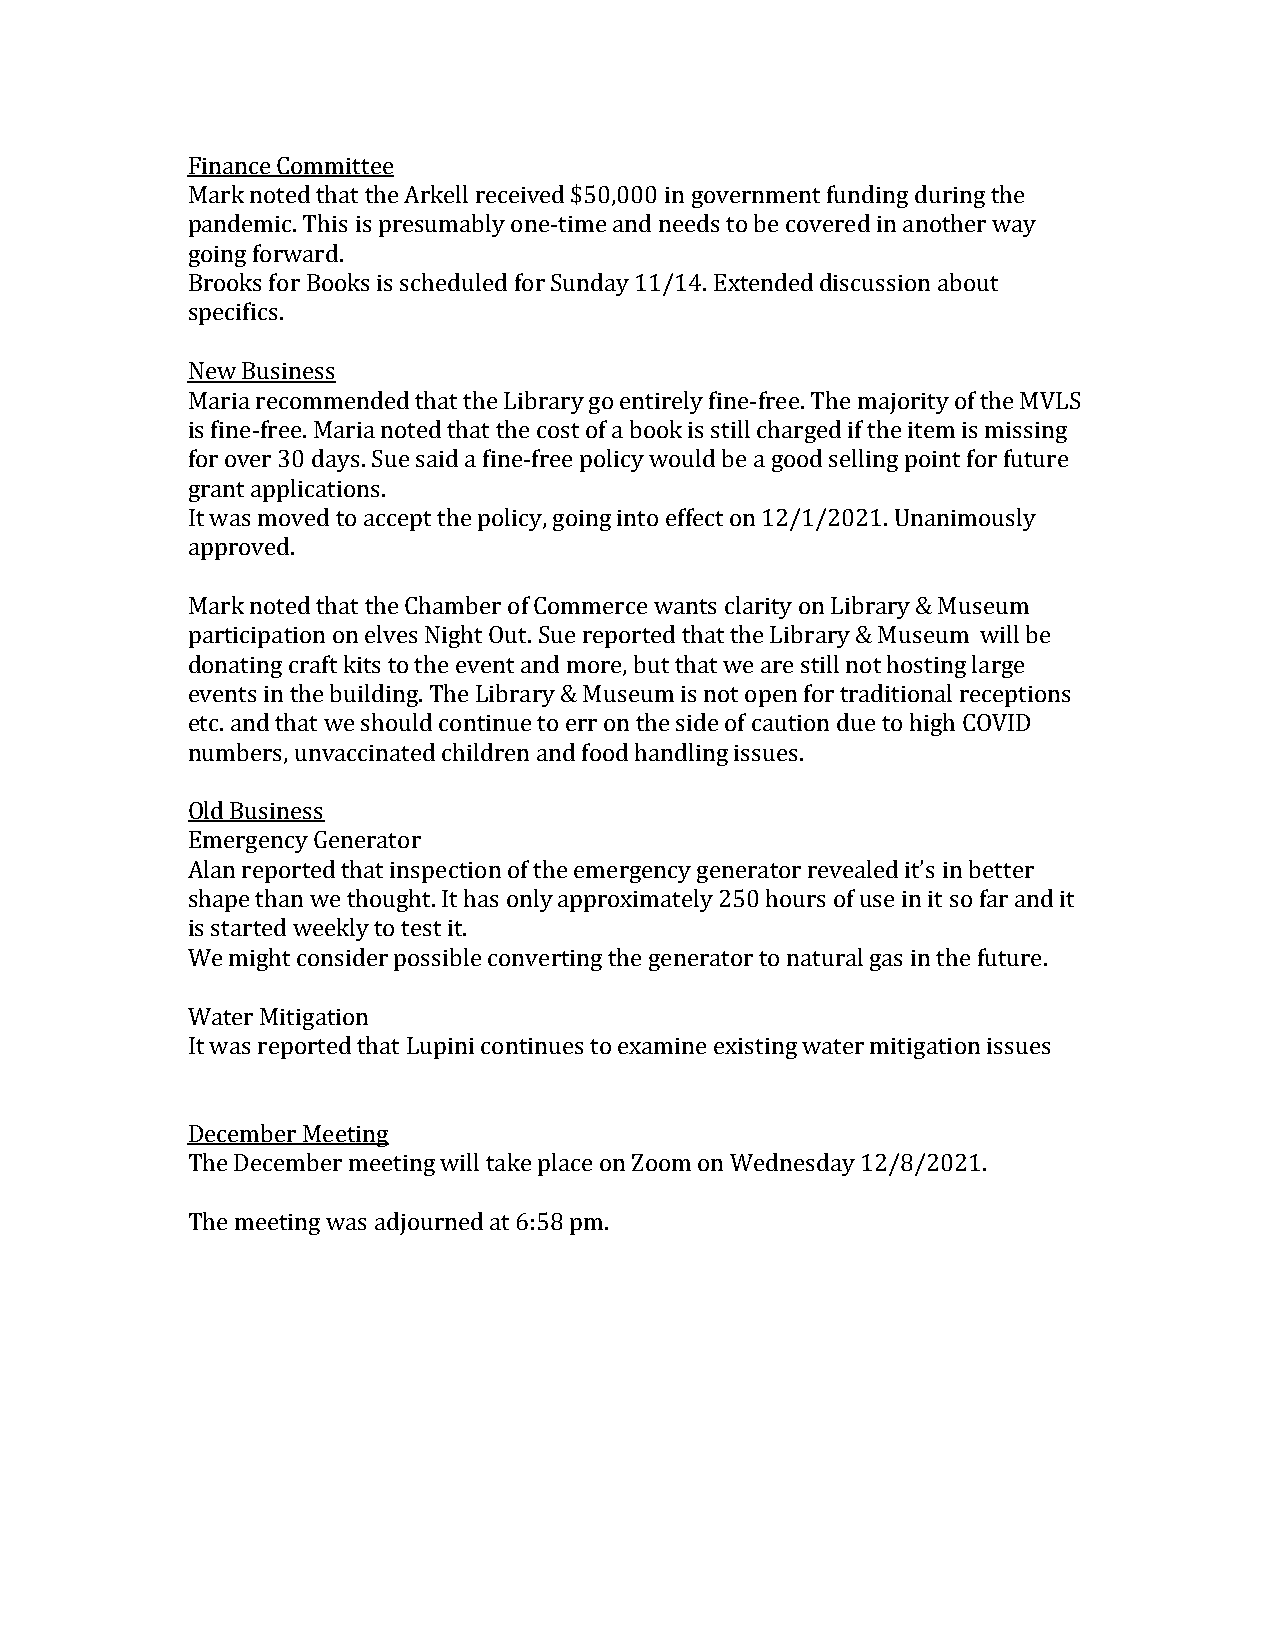
Finance Committee
 Mark noted that the Arkell received $50,000 in government funding during the
 pandemic. This is presumably one-time and needs to be covered in another way
 going forward.
 Brooks for Books is scheduled for Sunday 11/14. Extended discussion about
 specifics.
 New Business
 Maria recommended that the Library go entirely fine-free. The majority of the MVLS
 is fine-free. Maria noted that the cost of a book is still charged if the item is missing
 for over 30 days. Sue said a fine-free policy would be a good selling point for future
 grant applications.
 It was moved to accept the policy, going into effect on 12/1/2021. Unanimously
 approved.
 Mark noted that the Chamber of Commerce wants clarity on Library & Museum
 participation on elves Night Out. Sue reported that the Library & Museum will be
 donating craft kits to the event and more, but that we are still not hosting large
 events in the building. The Library & Museum is not open for traditional receptions
 etc. and that we should continue to err on the side of caution due to high COVID
 numbers, unvaccinated children and food handling issues.
 Old Business
 Emergency Generator
 Alan reported that inspection of the emergency generator revealed it’s in better
 shape than we thought. It has only approximately 250 hours of use in it so far and it
 is started weekly to test it.
 We might consider possible converting the generator to natural gas in the future.
 Water Mitigation
 It was reported that Lupini continues to examine existing water mitigation issues
 December Meeting
 The December meeting will take place on Zoom on Wednesday 12/8/2021.
 The meeting was adjourned at 6:58 pm.